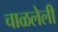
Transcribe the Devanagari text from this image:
चाळलेली